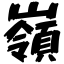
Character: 嶺